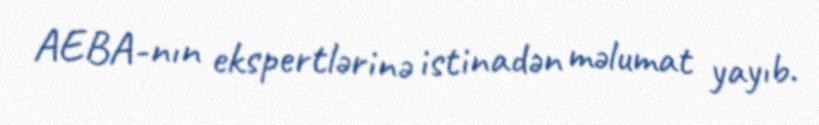
AEBA-nın ekspertlərinə istinadən məlumat yayıb.